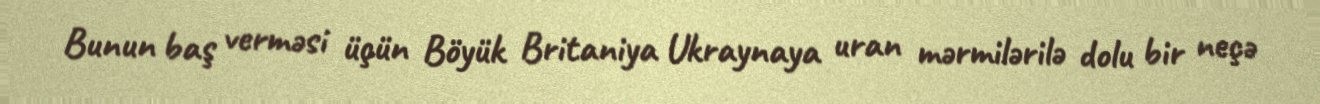
Bunun baş verməsi üçün Böyük Britaniya Ukraynaya uran mərmilərilə dolu bir neçə